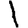
Digit: 1